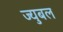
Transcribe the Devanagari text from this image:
ज्युबल